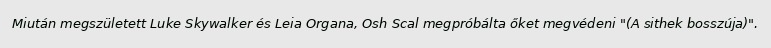
Miután megszületett Luke Skywalker és Leia Organa, Osh Scal megpróbálta őket megvédeni "(A sithek bosszúja)".